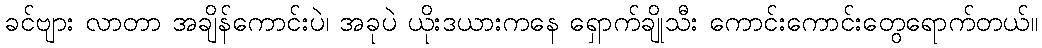
ခင်ဗျား လာတာ အချိန်ကောင်းပဲ၊ အခုပဲ ယိုးဒယားကနေ ရှောက်ချိုသီး ကောင်းကောင်းတွေရောက်တယ်။